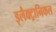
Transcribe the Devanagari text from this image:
इलैक्ट्रानिकल